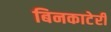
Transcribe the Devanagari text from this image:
बिनकाटेरी